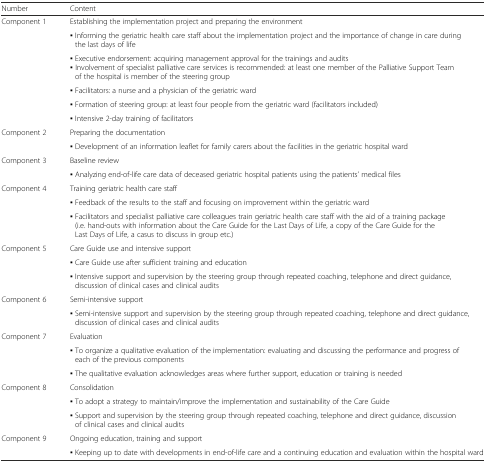
| Number | Content |
 | --- | --- |
 | <ROWSPAN=6> Component 1 | Establishing the implementation project and preparing the environment |
 | ▪ Informing the geriatric health care staff about the implementation project and the importance of change in care during the last days of life |
 | ▪ Executive endorsement: acquiring management approval for the trainings and audits▪ Involvement of specialist palliative care services is recommended: at least one member of the Palliative Support Team of the hospital is member of the steering group |
 | ▪ Facilitators: a nurse and a physician of the geriatric ward |
 | ▪ Formation of steering group: at least four people from the geriatric ward (facilitators included) |
 | ▪ Intensive 2-day training of facilitators |
 | <ROWSPAN=2> Component 2 | Preparing the documentation |
 | ▪ Development of an information leaflet for family carers about the facilities in the geriatric hospital ward |
 | <ROWSPAN=2> Component 3 | Baseline review |
 | ▪ Analyzing end-of-life care data of deceased geriatric hospital patients using the patients’ medical files |
 | <ROWSPAN=3> Component 4 | Training geriatric health care staff |
 | ▪ Feedback of the results to the staff and focusing on improvement within the geriatric ward |
 | ▪ Facilitators and specialist palliative care colleagues train geriatric health care staff with the aid of a training package (i.e. hand-outs with information about the Care Guide for the Last Days of Life, a copy of the Care Guide for the Last Days of Life, a casus to discuss in group etc.) |
 | <ROWSPAN=3> Component 5 | Care Guide use and intensive support |
 | ▪ Care Guide use after sufficient training and education |
 | ▪ Intensive support and supervision by the steering group through repeated coaching, telephone and direct guidance, discussion of clinical cases and clinical audits |
 | <ROWSPAN=2> Component 6 | Semi-intensive support |
 | ▪ Semi-intensive support and supervision by the steering group through repeated coaching, telephone and direct guidance, discussion of clinical cases and clinical audits |
 | <ROWSPAN=3> Component 7 | Evaluation |
 | ▪ To organize a qualitative evaluation of the implementation: evaluating and discussing the performance and progress of each of the previous components |
 | ▪ The qualitative evaluation acknowledges areas where further support, education or training is needed |
 | <ROWSPAN=3> Component 8 | Consolidation |
 | ▪ To adopt a strategy to maintain/improve the implementation and sustainability of the Care Guide |
 | ▪ Support and supervision by the steering group through repeated coaching, telephone and direct guidance, discussion of clinical cases and clinical audits |
 | <ROWSPAN=2> Component 9 | Ongoing education, training and support |
 | ▪ Keeping up to date with developments in end-of-life care and a continuing education and evaluation within the hospital ward |